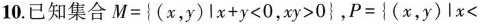
10.已知集合$$M=\left\{(x，y)lx+y<0，xy>0\right\}$$，$$P=\left\{(x，y)lx<$$